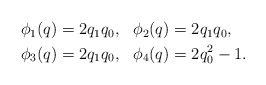
\begin{align*} \begin{aligned} \phi_1(q) & = 2q_1q_0 , ~~\phi_2(q) = 2q_1q_0 , \\ \phi_3(q) & = 2q_1q_0 , ~~\phi_4(q) = 2q_0^2-1 . \\ \end{aligned} \end{align*}